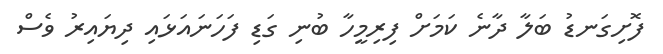
ފޮށިގަނޑު ބަލާ ދާނެ ކަމަށް ފިރިމީހާ ބުނި ގަޑި ފަހަނައަޅައި ދިޔައިރު ވެސް